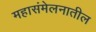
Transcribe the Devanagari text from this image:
महासंमेलनातील